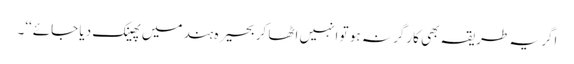
اگر یہ طریقہ بھی کارگر نہ ہو تو انہیں اٹھا کر بحیرہ ہند میں پھینک دیا جائے‘‘۔